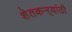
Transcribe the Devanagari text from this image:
शेतकऱ्र्‍यांठी